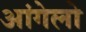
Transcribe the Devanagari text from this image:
आंगेलो